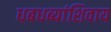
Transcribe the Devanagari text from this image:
धबधब्यांशिवाय